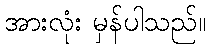
အားလုံး မှန်ပါသည်။